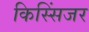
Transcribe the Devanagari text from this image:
किस्सिंजर